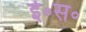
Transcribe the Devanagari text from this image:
ई॰स॰